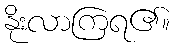
နိုးလာကြရ၏။